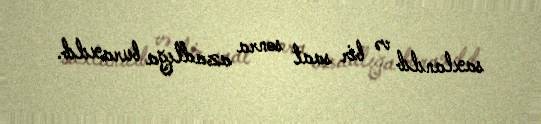
saxlanılıb və bir saat sonra azadlığa buraxılıb.